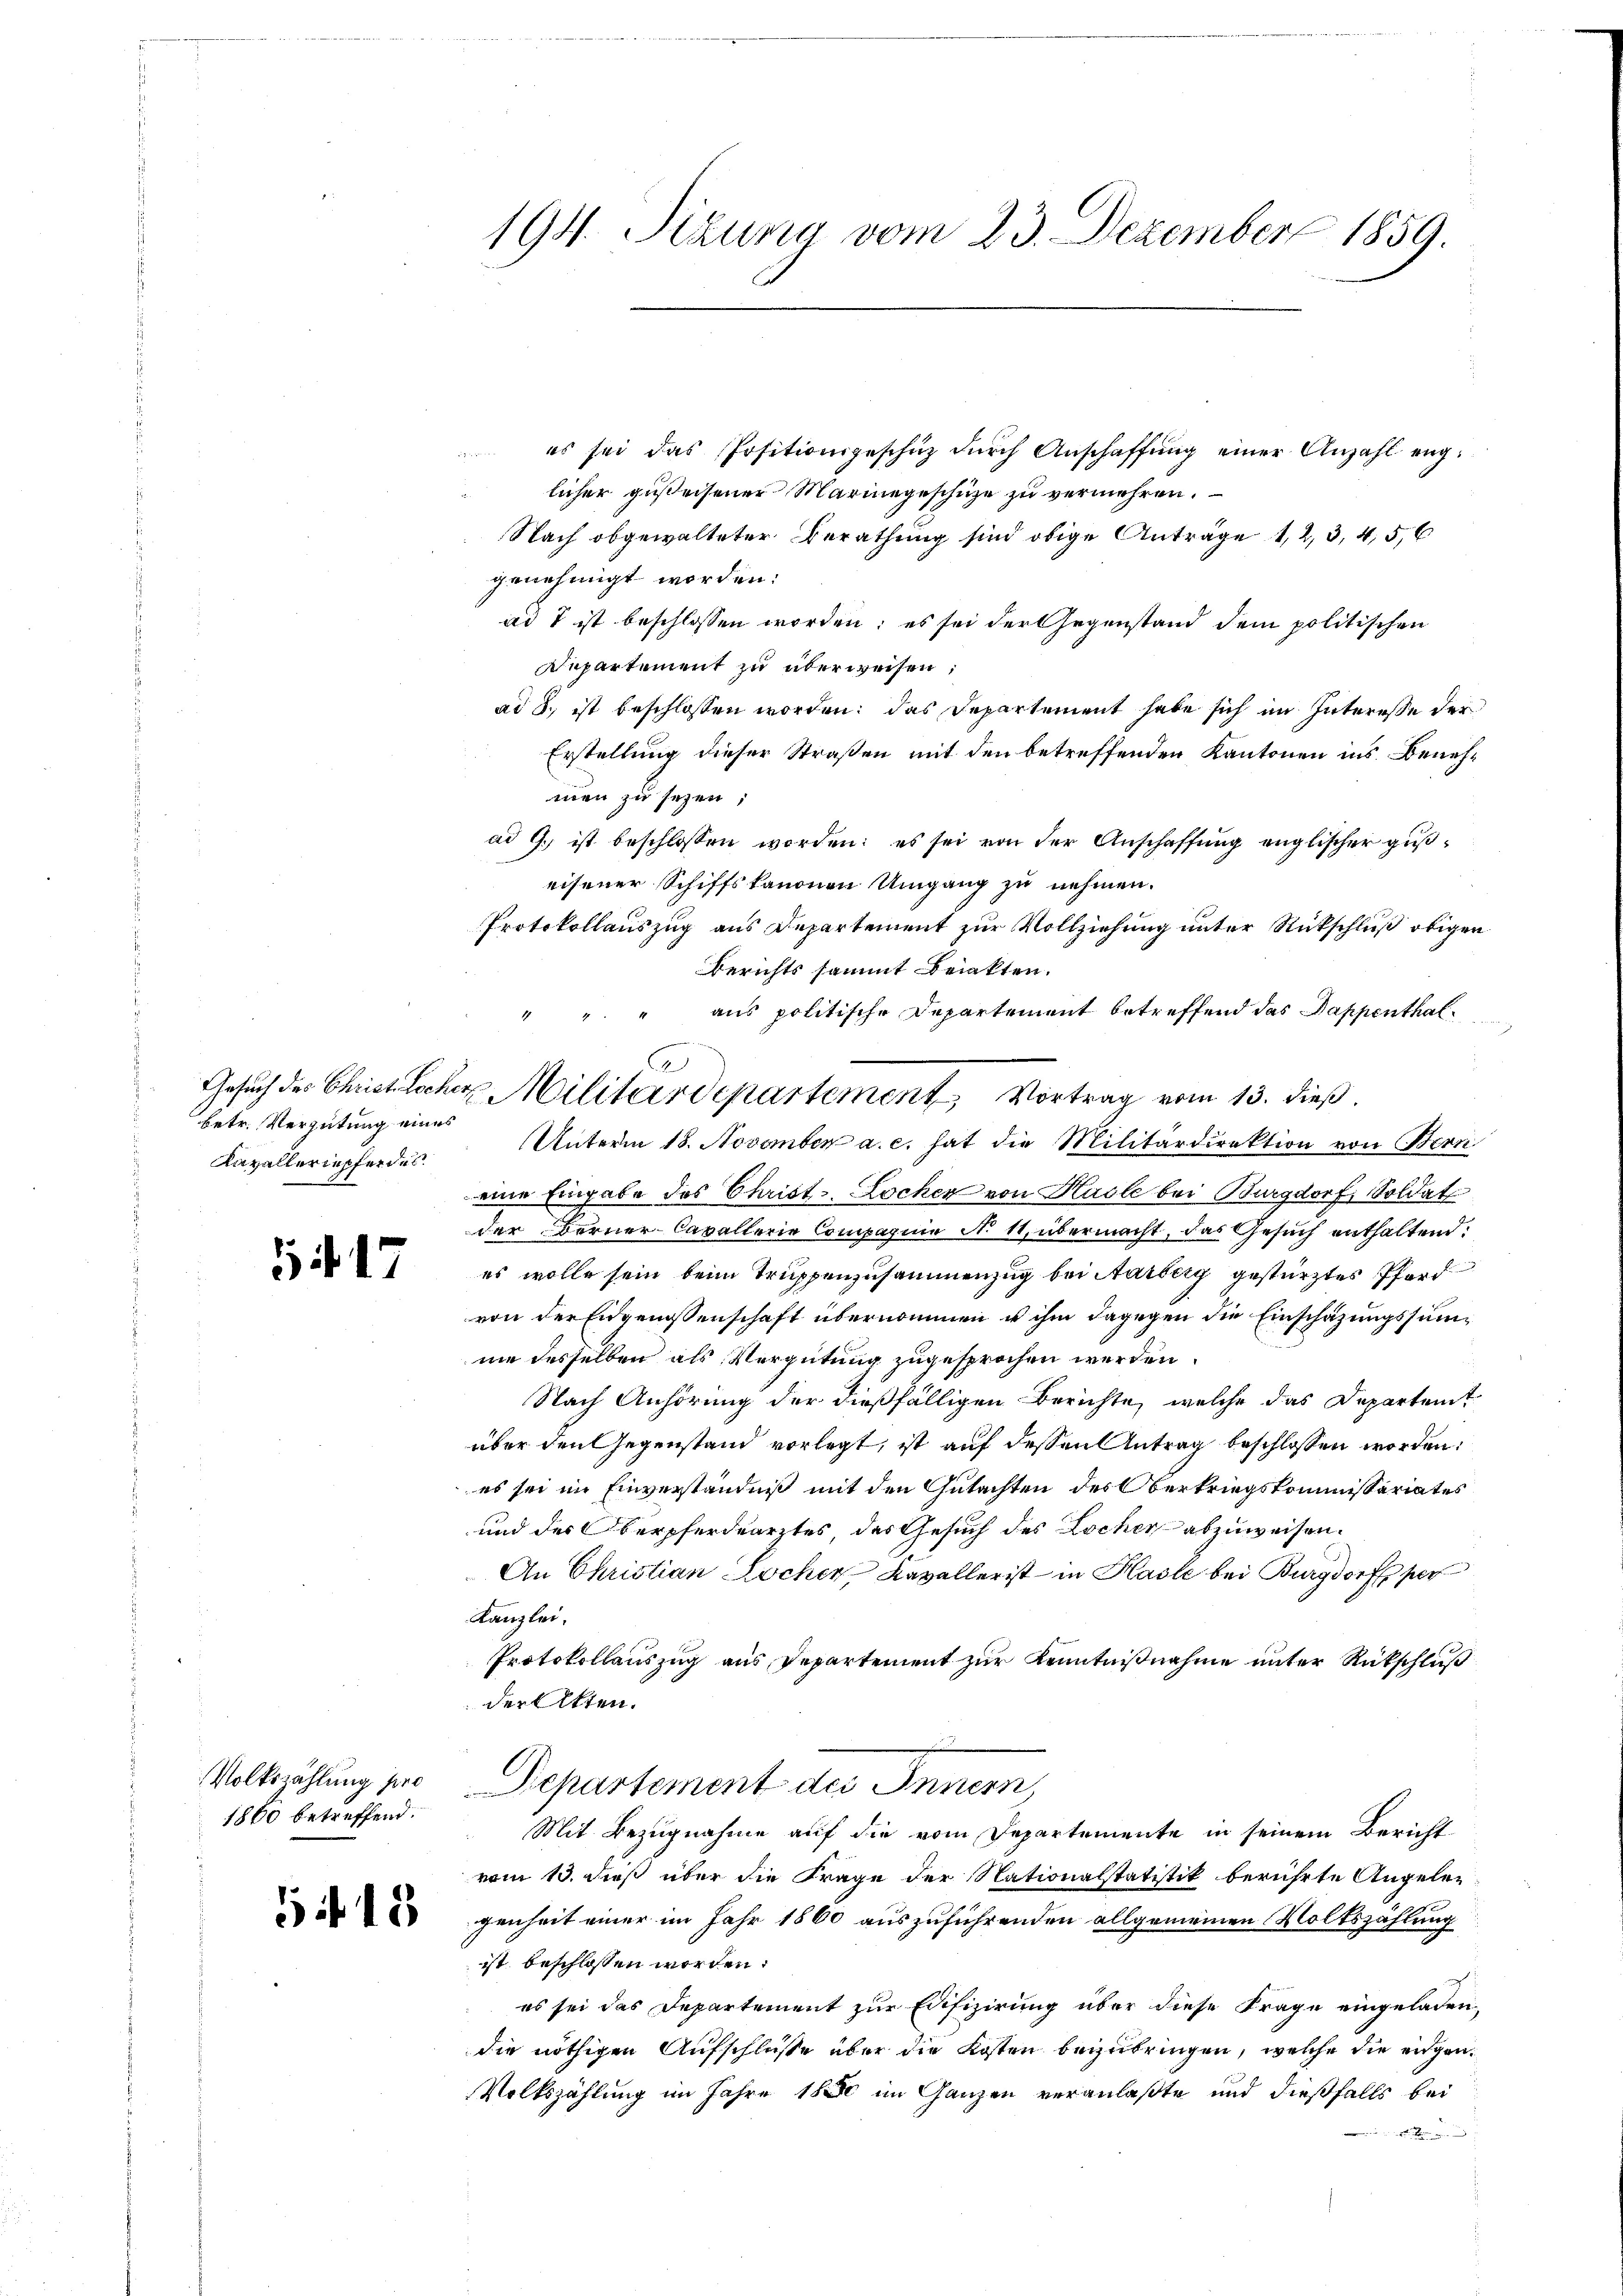
betr. Vergütung eines
Kavalleriepferde.

17

Volkszählung pro
1860 betreffend.

519

194. Sizung vom 23. Dezember 1859.

es sei das Positionsgeschüz dŭrch Anschaffŭng einer Anzahl englicher gußeisener Marinegeschüze zu vermehren.
Nach obgewalteter Berathung sind obige Anträge 1, 2, 3, 4, 5, 6
genehmigt worden:
ad 7 ist beschlossen worden; es sei der Gegenstand dem politischen
Departement zu überweisen:
ad 8. ist beschlossen worden; das Departement habe sich im Interesse der
Erstellung dieser Straßen mit den betreffenden Kantonen ins Benehmen zu seyen;
ad G. ist beschlossen worden: es sei von der Anschaffung englischer gußeisener Schiffskanonen Umgang zu nehmen.
Protokollauszug aus Departement zur Vollziehung unter Rückschluß obigen
Berichts sammt Beinkten.
" " aus politische Departement betreffend das Pappenthaleine Eingabe des Christ Lochen von Hasle bei Burgdorf, Soldat
der Berner-Cavallerie Compagnie N. 11, übermacht, das Gesuch enthaltend:
es wolle sein beim Truppenzusammenzug bei Aarberg gestürztes Pferd
von der Eidgenossenschaft übernommen u ihm dagegen die Einschazungssumne desselben als Vergütung zugesprochen werden.
Nach Anhörung der dießfälligen Berichte, welche das Departeit
über den Gegenstand vorlegt, ist auf dessen Antrag beschlossen worden:
 es sei im Einverständniß mit den Gutachten des Obertriegskommissariates
und des Oberpferdearztes, des Gesuch des Locher abzuweisen.
An Christian Locher, Kavallerist - in Hasle bei Burgdorf per
Kanzlei.
Protokollauszug aus Departement zur Kenntnißnahme unter Rückschluß
der Akten.
Departement des Innern,
Mit Bezugnahme auf die vom Departemente in seinem Bericht
vom 13. dieß über die Frage der Nationalstatistik berührte Angeleg
genheit einer im Jahr 1860 auszuführenden allgemeinen Volkszählung
ist beschlossen worden.
es sei das Departement zur Edifizierung über diese Frage eingeladen,
die nöthigen Aufschlüsse über die Kosten beizubringen, welche die eidgen.
Volkszählung im Jahre 1850 im Ganzen veranlaßte und dießfalls bei

G
Gesuch des Christischer Militärdepartement, Vortrag vom 13. dieß.
Unterm 18. November a. c. hat die Militärdirektion von Bern